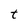
Character: t